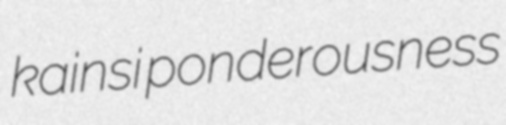
kainsi ponderousness